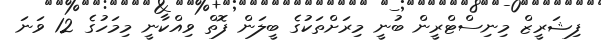
ފިޝަރީޒް މިނިސްޓްރީން ބުނީ މިރަށްތަކުގެ ބީލަން ފޮތް ވިއްކާނީ މިމަހުގެ 12 ވަނަ